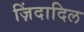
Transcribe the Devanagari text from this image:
ज़िंदादिल